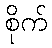
စိုက်